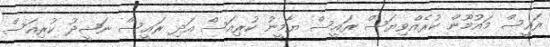
ރައީސް މައުމޫން ކުރެއްވިޔަސް ރައީސް ޔާމީނު ކުރިއަސް އަދި ރައީސް ނަޝީދު ކުރިއަސް